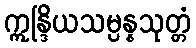
ဣန္ဒြိယသမ္ပန္နသုတ္တံ